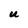
Character: U